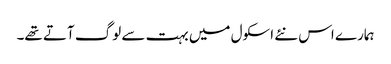
ہمارے اس نئے اسکول میں بہت سے لوگ آتے تھے۔